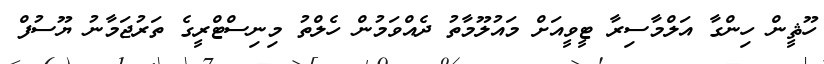
ހޫޘީން ހިންގާ އަލްމާސިރާ ޓީވީއަށް މައުލޫމާތު ދެއްވަމުން ހެލްތު މިނިސްޓްރީގެ ތަރުޖަމާނު ޔޫސުފް